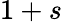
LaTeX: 1+s